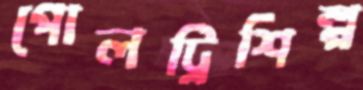
পোলট্রিশিল্প